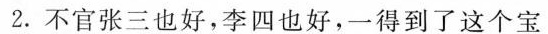
2.不官张三也好，李四也好，一得到了这个宝